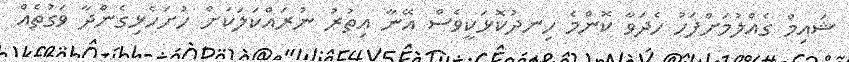
ޝައިމް ގެއްލުމަށްފަހު ހެދަވާ ކޮންމެ ހިނދުކޮޅަކީވެސް އޭނާ އިތުރު ނުރައްކަލަކަށް ހުށަހެޅިގެންދާ ވަގުތެއް